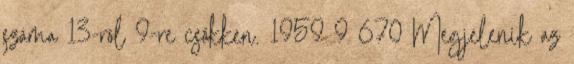
száma 13-ról 9-re csökken. 1959 9 670 Megjelenik az